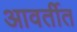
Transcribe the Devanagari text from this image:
आवर्तीत